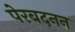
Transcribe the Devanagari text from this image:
पेरबदनन